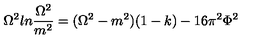
\Omega ^ { 2 } l n { \frac { \Omega ^ { 2 } } { m ^ { 2 } } } = ( \Omega ^ { 2 } - m ^ { 2 } ) ( 1 - k ) - 1 6 \pi ^ { 2 } \Phi ^ { 2 }